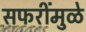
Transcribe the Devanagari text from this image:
सफरींमुळे